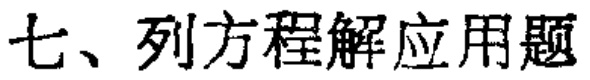
七、列方程解应用题